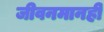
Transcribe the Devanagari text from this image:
जीवनमानही